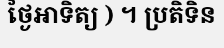
ថ្ងៃអាទិត្យ ) ។ ប្រតិទិន